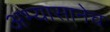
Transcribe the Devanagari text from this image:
अभ्यासानेच